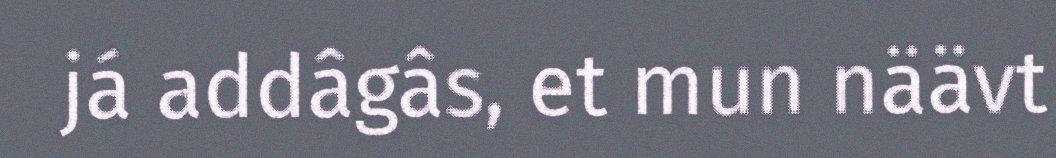
já addâgâs, et mun näävt